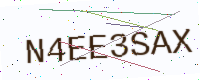
Text: N4EE3SAX